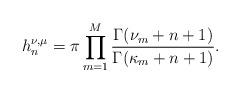
\begin{align*}h_n^{\nu,\mu}=\pi\prod_{m=1}^M\frac{\Gamma(\nu_m+n+1)}{\Gamma(\kappa_m+n+1)}.\end{align*}